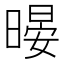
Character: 暥